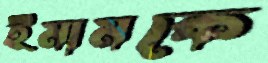
ইমামকে